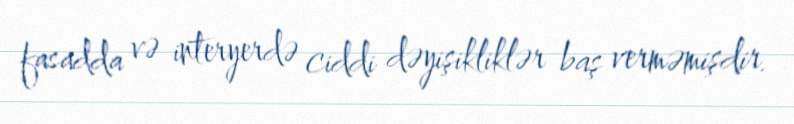
fasadda və interyerdə ciddi dəyişikliklər baş verməmişdir.